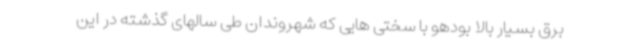
برق بسیار بالا بودهو با سختی هایی که شهروندان طی سالهای گذشته در این